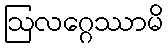
ဩလဂ္ဂေဿာမိ